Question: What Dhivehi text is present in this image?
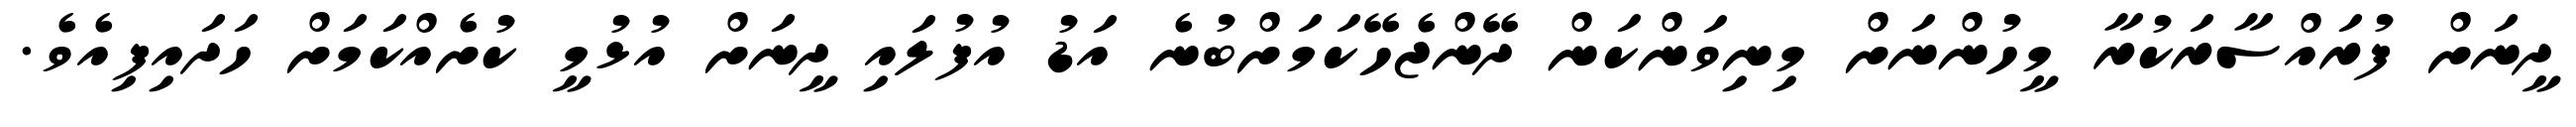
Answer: ދީނަށް ފުރައްސާރަކުރާ މީހުންނަށް މިނިވަންކަން ދޭންޖެހޭކަމަށްބުނެ އަޑު އުފުލައި ދީނަށް އުޅުމީ ކުށެއްކަމަށް ހަދައިފިއެވެ.